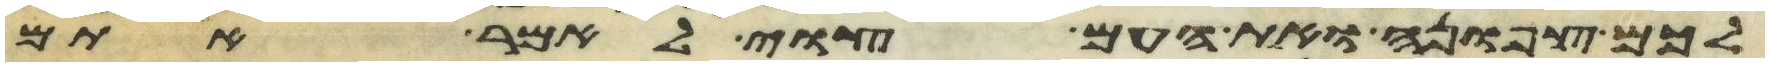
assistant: לכם צפונה ואת העם צוי לאמר אתם